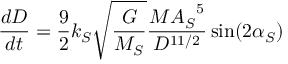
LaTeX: { \frac { d D } { d t } } = { \frac { 9 } { 2 } } k _ { S } { \sqrt { \frac { G } { M _ { S } } } } { \frac { M { A _ { S } } ^ { 5 } } { D ^ { 1 1 / 2 } } } \sin ( 2 \alpha _ { S } )